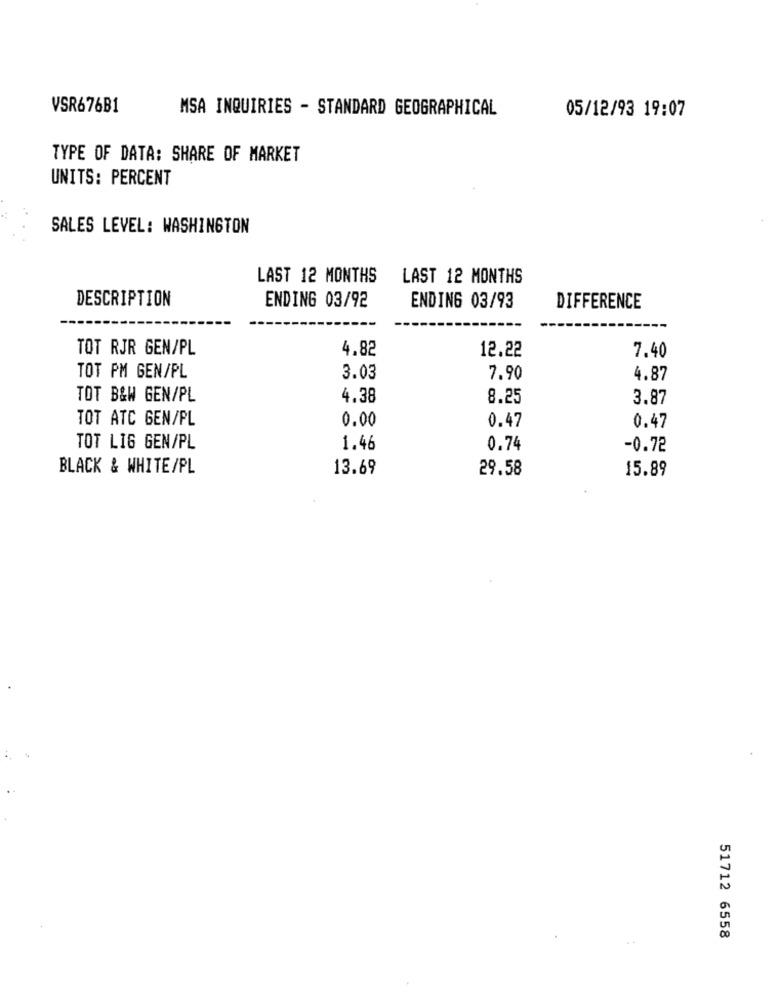
VSR676B1
MSA INQUIRIES - STANDARD GEOGRAPHICAL
05/12/93 19:07
TYPE OF DATA: SHARE OF MARKET
UNITS: PERCENT
SALES LEVEL: WASHINGTON
LAST 12 MONTHS
LAST 12 MONTHS
DESCRIPTION
ENDING 03/92
ENDING 03/93
DIFFERENCE
TOT RJR GEN/PL
4.82
12.22
7.40
TOT PM GEN/PL
3.03
7.90
4.87
TOT B&W GEN/PL
4.38
8.25
3.87
TOT ATC GEN/PL
0.00
0.47
0.47
TOT LIG GEN/PL
1.46
0.74
-0.72
BLACK & WHITE/PL
13.69
29.58
15.89
51712 6558